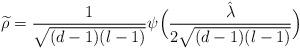
LaTeX: \begin{align*}\widetilde{\rho}=\frac{1}{\sqrt{(d-1)(l-1)}}\psi\Big(\frac{\hat{\lambda}}{2\sqrt{(d-1)(l-1)}}\Big)\end{align*}